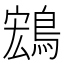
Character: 𬷚